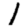
Digit: 1